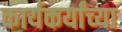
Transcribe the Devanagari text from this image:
कार्यकर्यांच्या